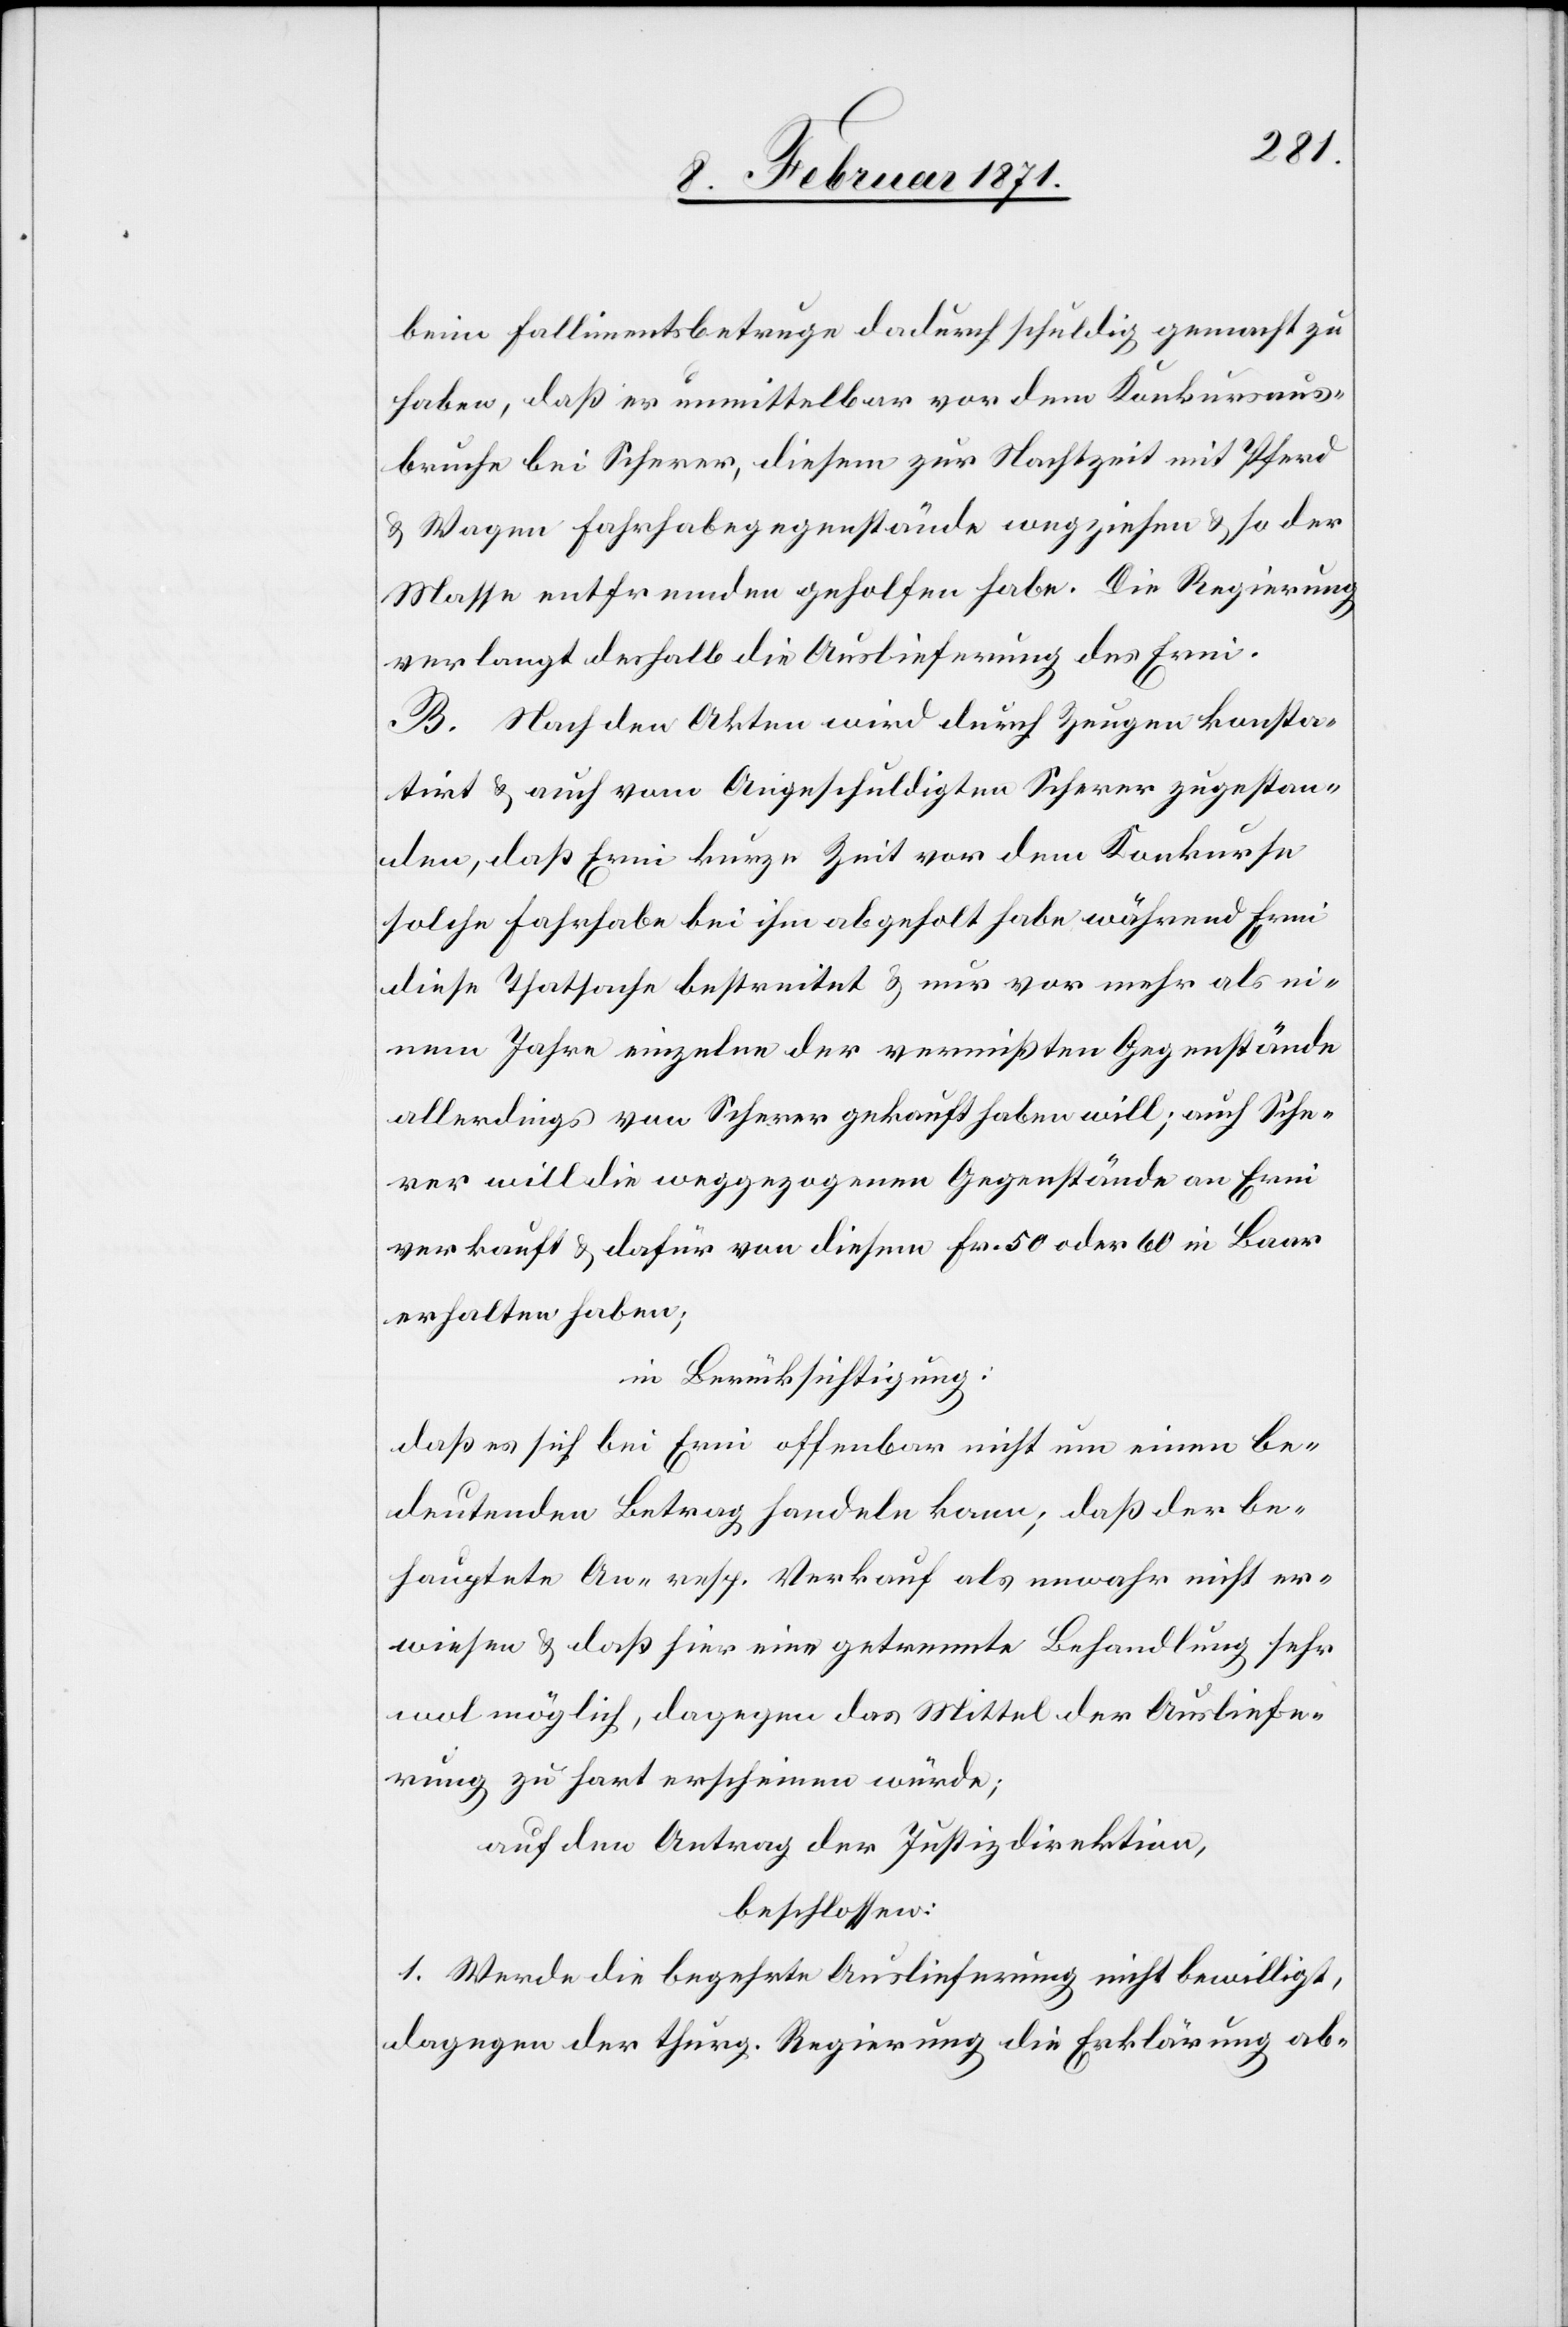
beim Fallimentsbetruge dadurch schuldig gemacht zu
haben, daß er unmittelbar vor dem Konkursaus¬
bruche bei Scherer, diesem zur Nachtzeit mit Pferd
u. Wagen Fahrhabegegenstände wegziehen u. so der
Masse entfremden geholfen habe. Die Regierung
verlangt deshalb die Auslieferung des Erni.
B. Nach den Akten wird durch Zeugen konsta¬
tirt u. auch vom Angeschuldigten Scherer zugestan¬
den, daß Erni kurze Zeit vor dem Konkurse
solche Fahrhabe bei ihm abgeholt habe während Erni
diese Thatsache bestreitet u. nur von mehr als ei¬
nem Jahre einzelne der vermißten Gegenstände
allerdings von Scherer gekauft haben will; auch Sche¬
rer will die weggezogenen Gegenstände an Erni
verkauft u. dafür von diesem Fr. 50 oder 60 in Baar
erhalten haben;
in Berücksichtigung:
daß es sich bei Erni offenbar nicht um einen be¬
deutenden Betrag handeln kann; daß der be¬
hauptete An- resp. Verkauf als unwahr nicht er¬
wiesen u. daß hier eine getrennte Behandlung sehr
wol möglich, dagegen das Mittel der Ausliefe¬
rung zu hart erscheinen würde;
auf den Antrag der Justizdirektion,
beschlossen:
1. Werde die begehrte Auslieferung nicht bewilligt,
dagegen der thurg. Regierung die Erklärung ab-